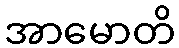
အာမောတိ